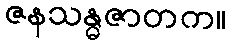
ဇနသန္ဓဇာတက။